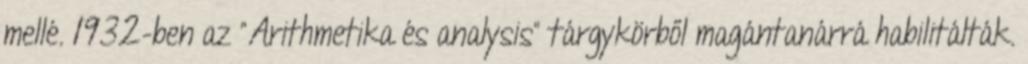
mellé. 1932-ben az "Arithmetika és analysis" tárgykörből magántanárrá habilitálták.